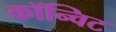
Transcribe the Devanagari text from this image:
कॉन्विट